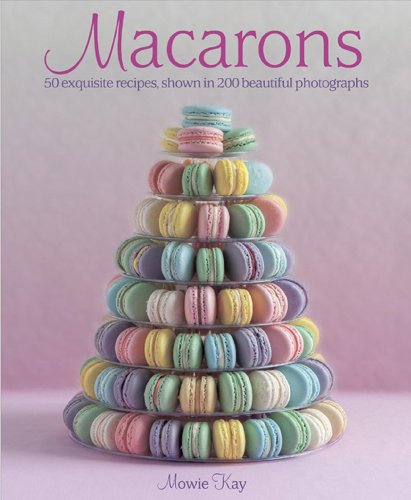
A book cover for Macarons: 50 Exquisite Recipes, Shown in 200 Beautiful Photographs; Mowie Kay; Cookbooks, Food & Wine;